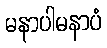
မနာပါမနာပံ